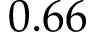
0 . 6 6